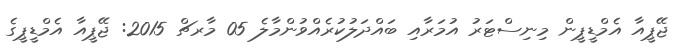
ޖޭޕީއާ އެމްޑީޕީން މިނިސްޓަރު އުމަރާއި ބައްދަލުކުރެއްވުންމާލެ 05 މާރޗް 2015: ޖޭޕީއާ އެމްޑީޕީގެ